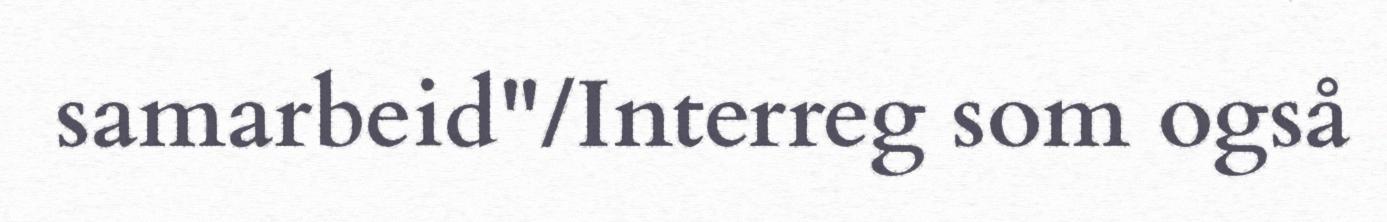
samarbeid"/Interreg som også